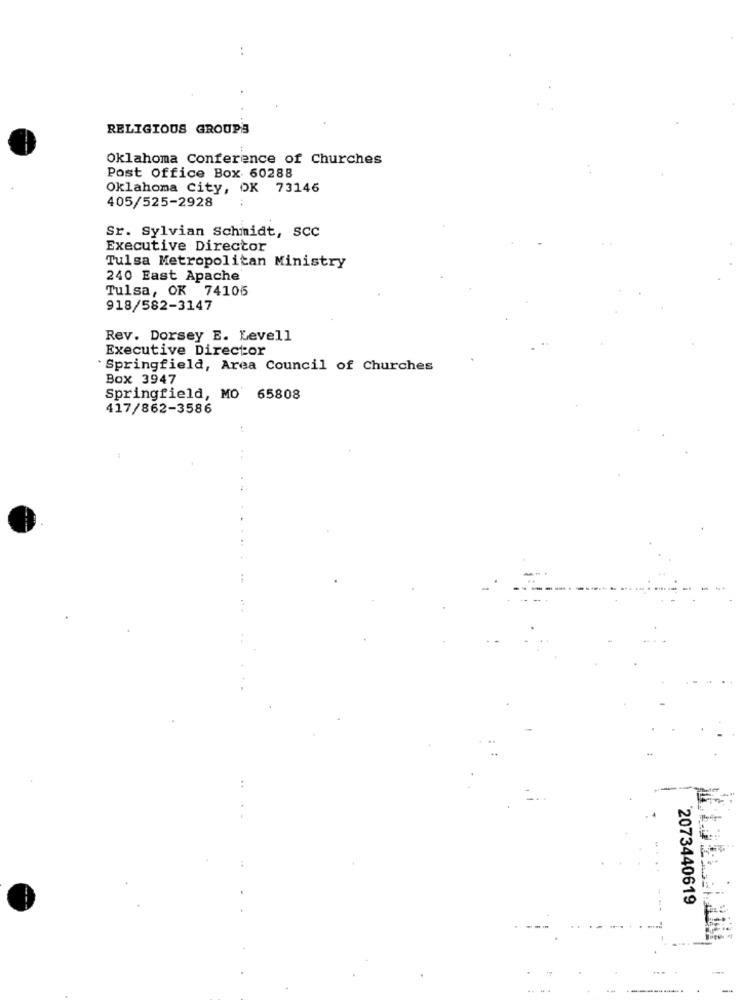
RELIGIOUS GROUPS
Oklahoma Conference of Churches
Post Office Box 60288
Oklahoma City, OK 73146
405/525-2928
Sr. Sylvian Schmidt, SCC
Executive Director
Tulsa Metropolitan Ministry
240 East Apache
Tulsa, OK 74106
918/582-3147
Rev. Dorsey E. Levell
Executive Director
* Springfield, Area Council of Churches
Box 3947
Springfield, MO 65808
417/862-3586
2073440619
....